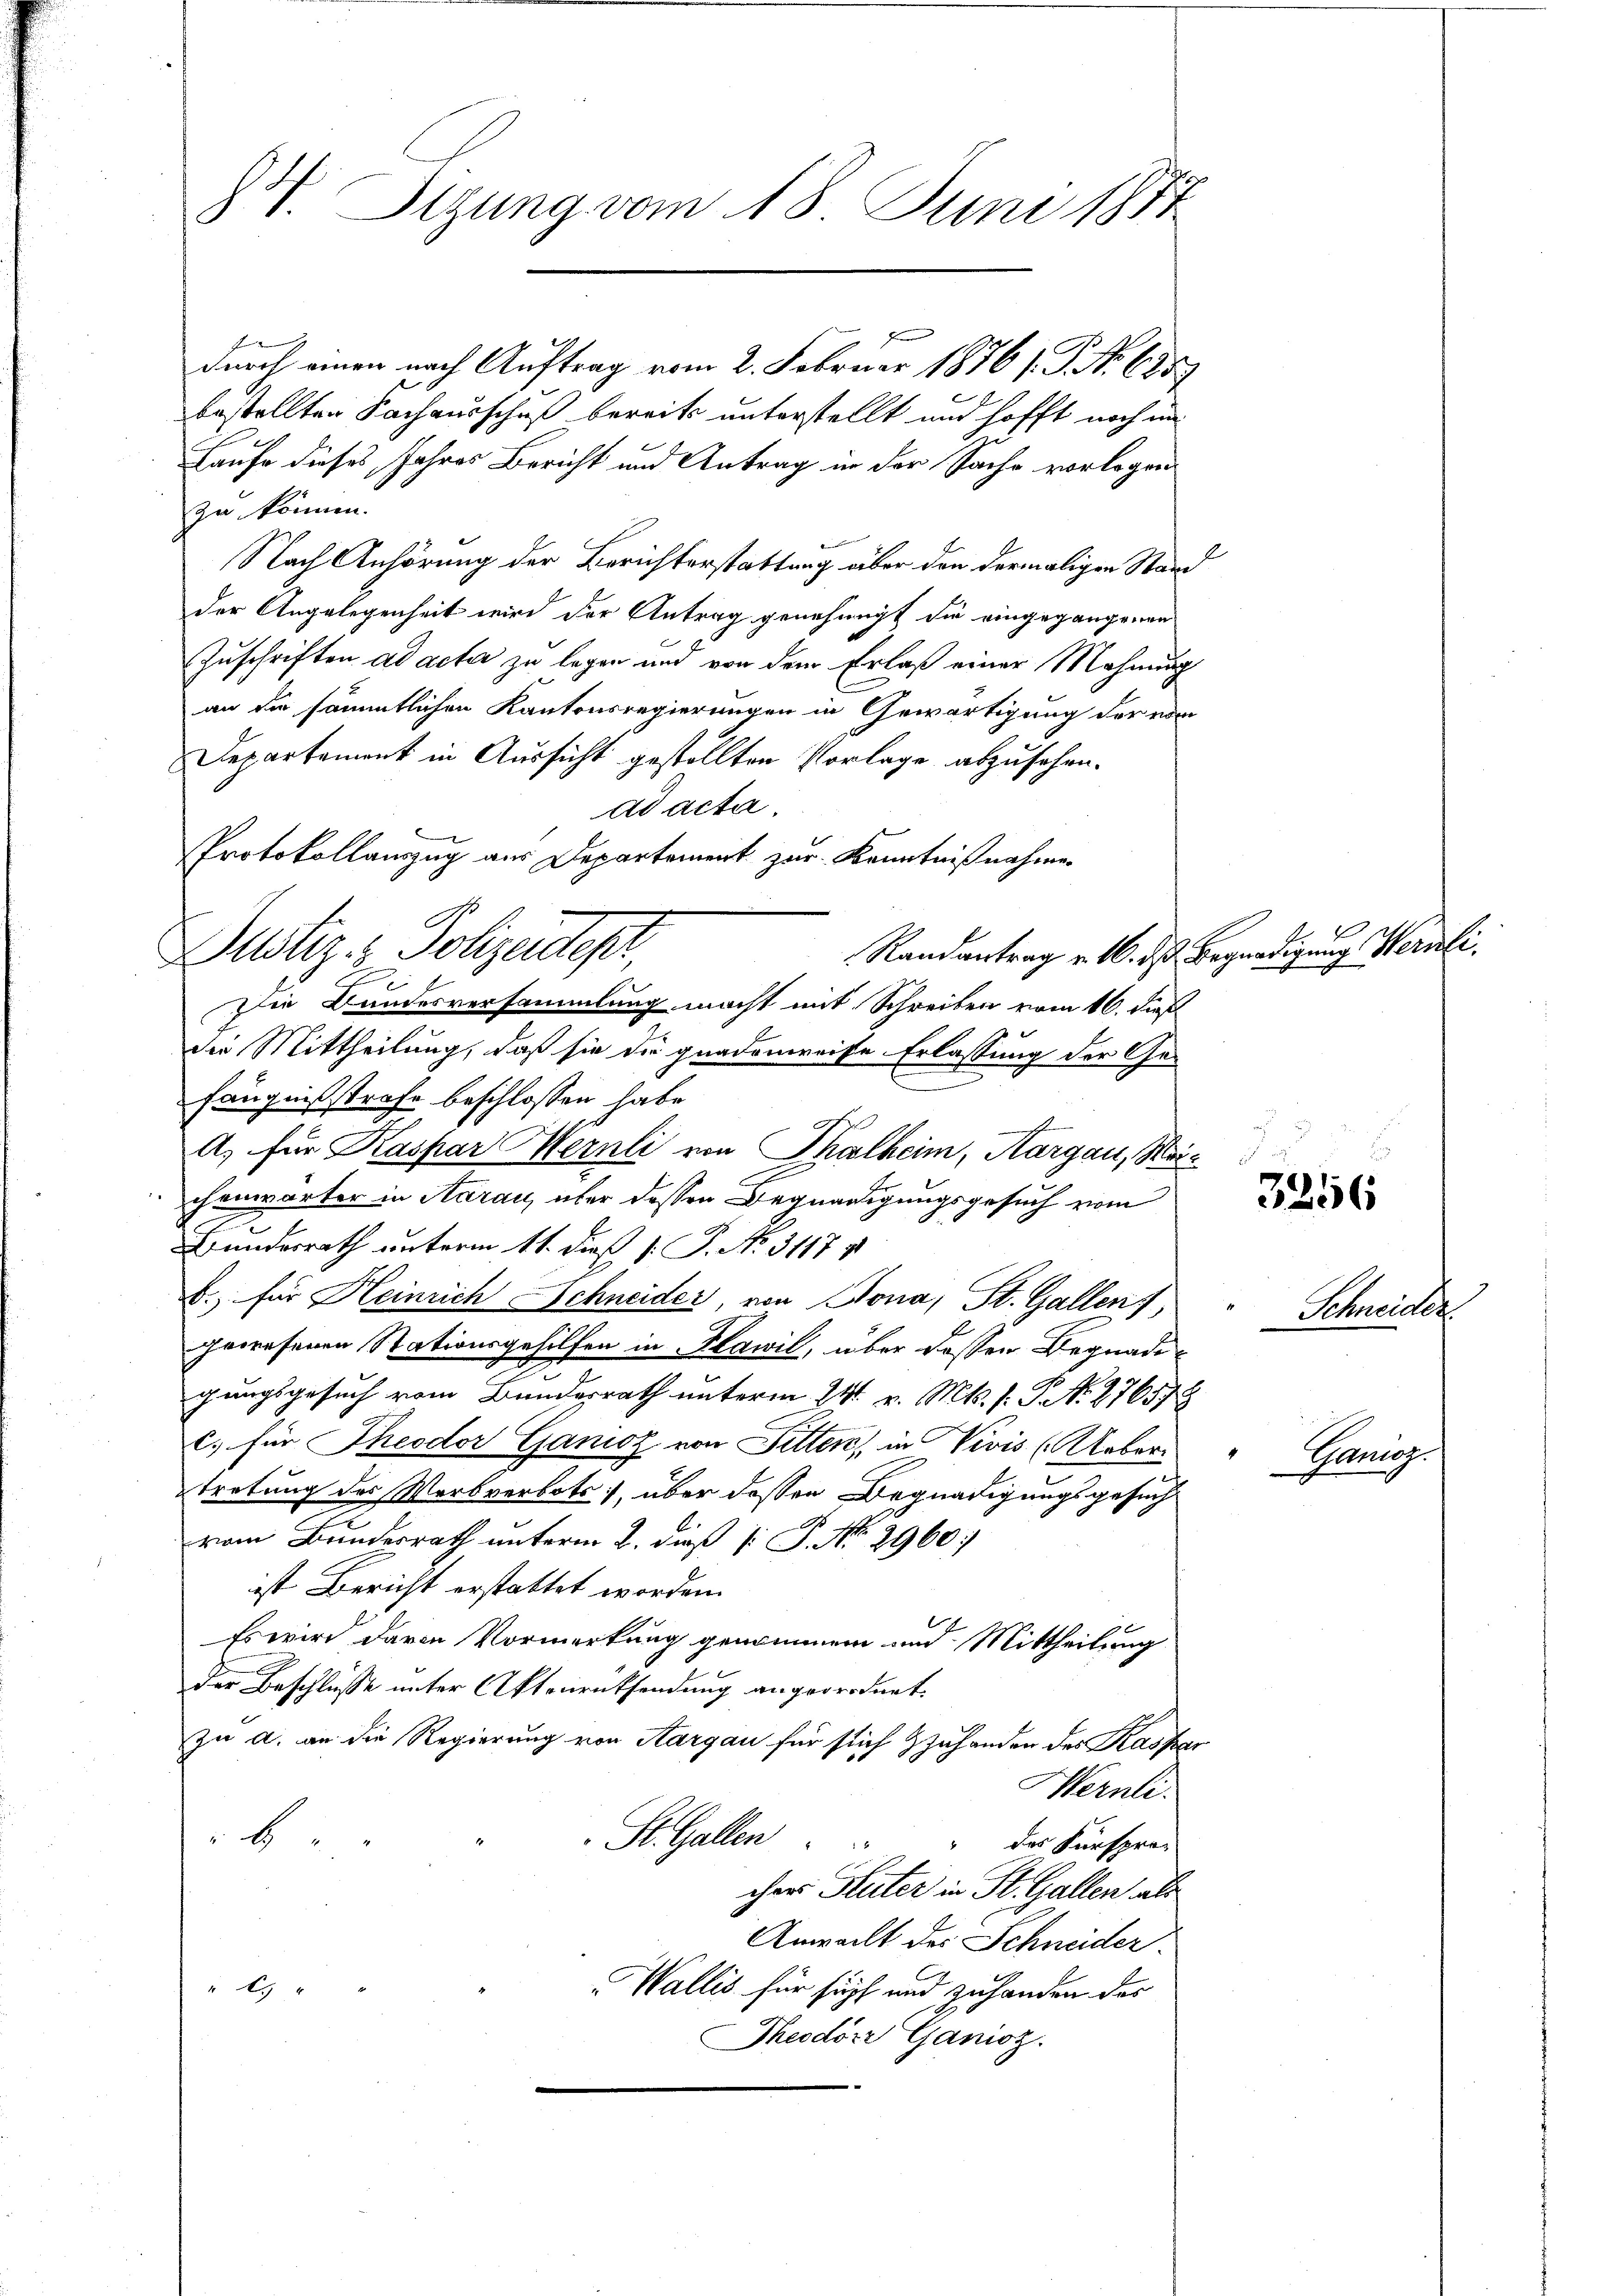
IV. Sizung vom 18. Juni 1874

durch einen nach Auftrag vom 2. Februar 18761. P. Nr. 685
bestellten Sachausschuß bereits unterstellt und hofft noch in
Laufe dieses Jahres Bericht und Antrag in der Sache vorlegen
zu können.
u
Nach Anhörung der Berichterstattung aber den dermaligen Staader Angelegenheit wird der Antrag genehmigt die eingegangenen
Zuschriften ad acta zu legen und von dem Erlaß einer Mahnung
an die sämmtlichen Kantonsregierungen in Gewärtigung der vor
Departement in Aussicht gestellten Vorlage abzusehen.
Die Bundesversammlung macht mit Schreiben vom 16. dieß
die Mittheilung, daß sie die gnadomreise Erlassung der Ge-
fängnißstrafe beschlossen habe
A. für Kaspar Mernli von Thalheim, Aargau, Meichenwärter in Aarau, über dessen Begnadigungsgesuch vom
Bundesrath unterm 11. dieß P. P. No. 3117
b. für Heinrich Schneider von Bona, St. Gallen,
gewesenen Stationsgehilfen in Flawil, über dessen Begnadigungsgesuch vom Bundesrath unterm 24. v. Mts. f. P. Nr. 276578
c.) für Theodor Ganisz von Pitten in Vivis (Ueber-
tretung des Werbverbots, über dessen Begnadigungsgesuch
x
x
vom Bundesrath unterm 2. daß [ J. No. 2960
ist Bericht erstattet worden.
Es wird davon Vormerkung genommen und Mittheilung
der Beschlüsse unter Aktenrntsendung angeordnet.
zu a. an die Regierung von Aargau für sich zuhanden des Kassa¬
Wernli.
St. Gallen
b
1
" des Fürspro-
cheer Heuter in St. Gallen als
Anweilt des Schneider.
A
Wallis für sicht und zuhanden das
Theodor Ganioz.

ad acta.
Protokollauszug aus Departement zur Kenntnißnahmen
ustiz- & Polizeider,
A

F

Randantrag v. 16. ds Begnadigung Wernli.

2

3256

Schneider.

Pannes.